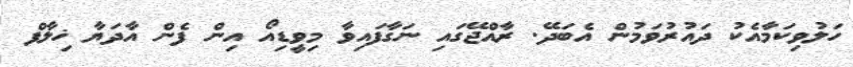
ހަލުވިކަމާއެކު ދައުރުވަމުން އެބަދޭ. ރާއްޖޭގައި ނަގާފައިވާ މިވީޑިއޯ އިން ފެން އާދަޔާ ޚިލާފް